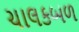
ચાલકબળ